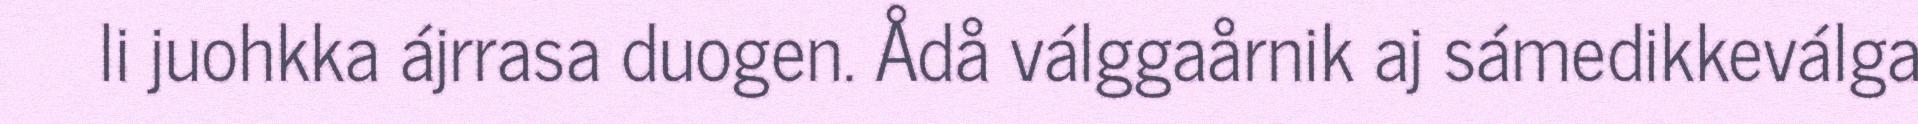
li juohkka ájrrasa duogen. Ådå válggaårnik aj sámedikkeválga